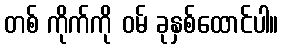
တစ် ကိုက်ကို ဝမ် ခုနှစ်ထောင်ပါ။